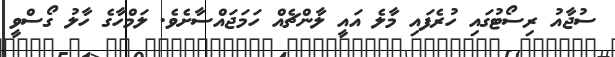
ސުޖާއު ރިސޯޓުގައި ހުރެފައި މާލެ އައީ ލާންޗެއް ހަމަޖައްސާށެވެ. ލަމްހާގެ ހާލު ގޯސްވީ